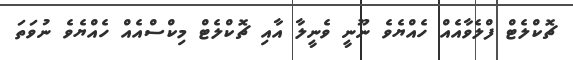
ޗޮކްލެޓް ފްލެވާއެއް ހެއްޔެވެ ނޫނީ ވެނީލާ އާއި ޗޮކްލެޓް މިކްސްއެއް ހެއްޔެވެ ނުވަތަ